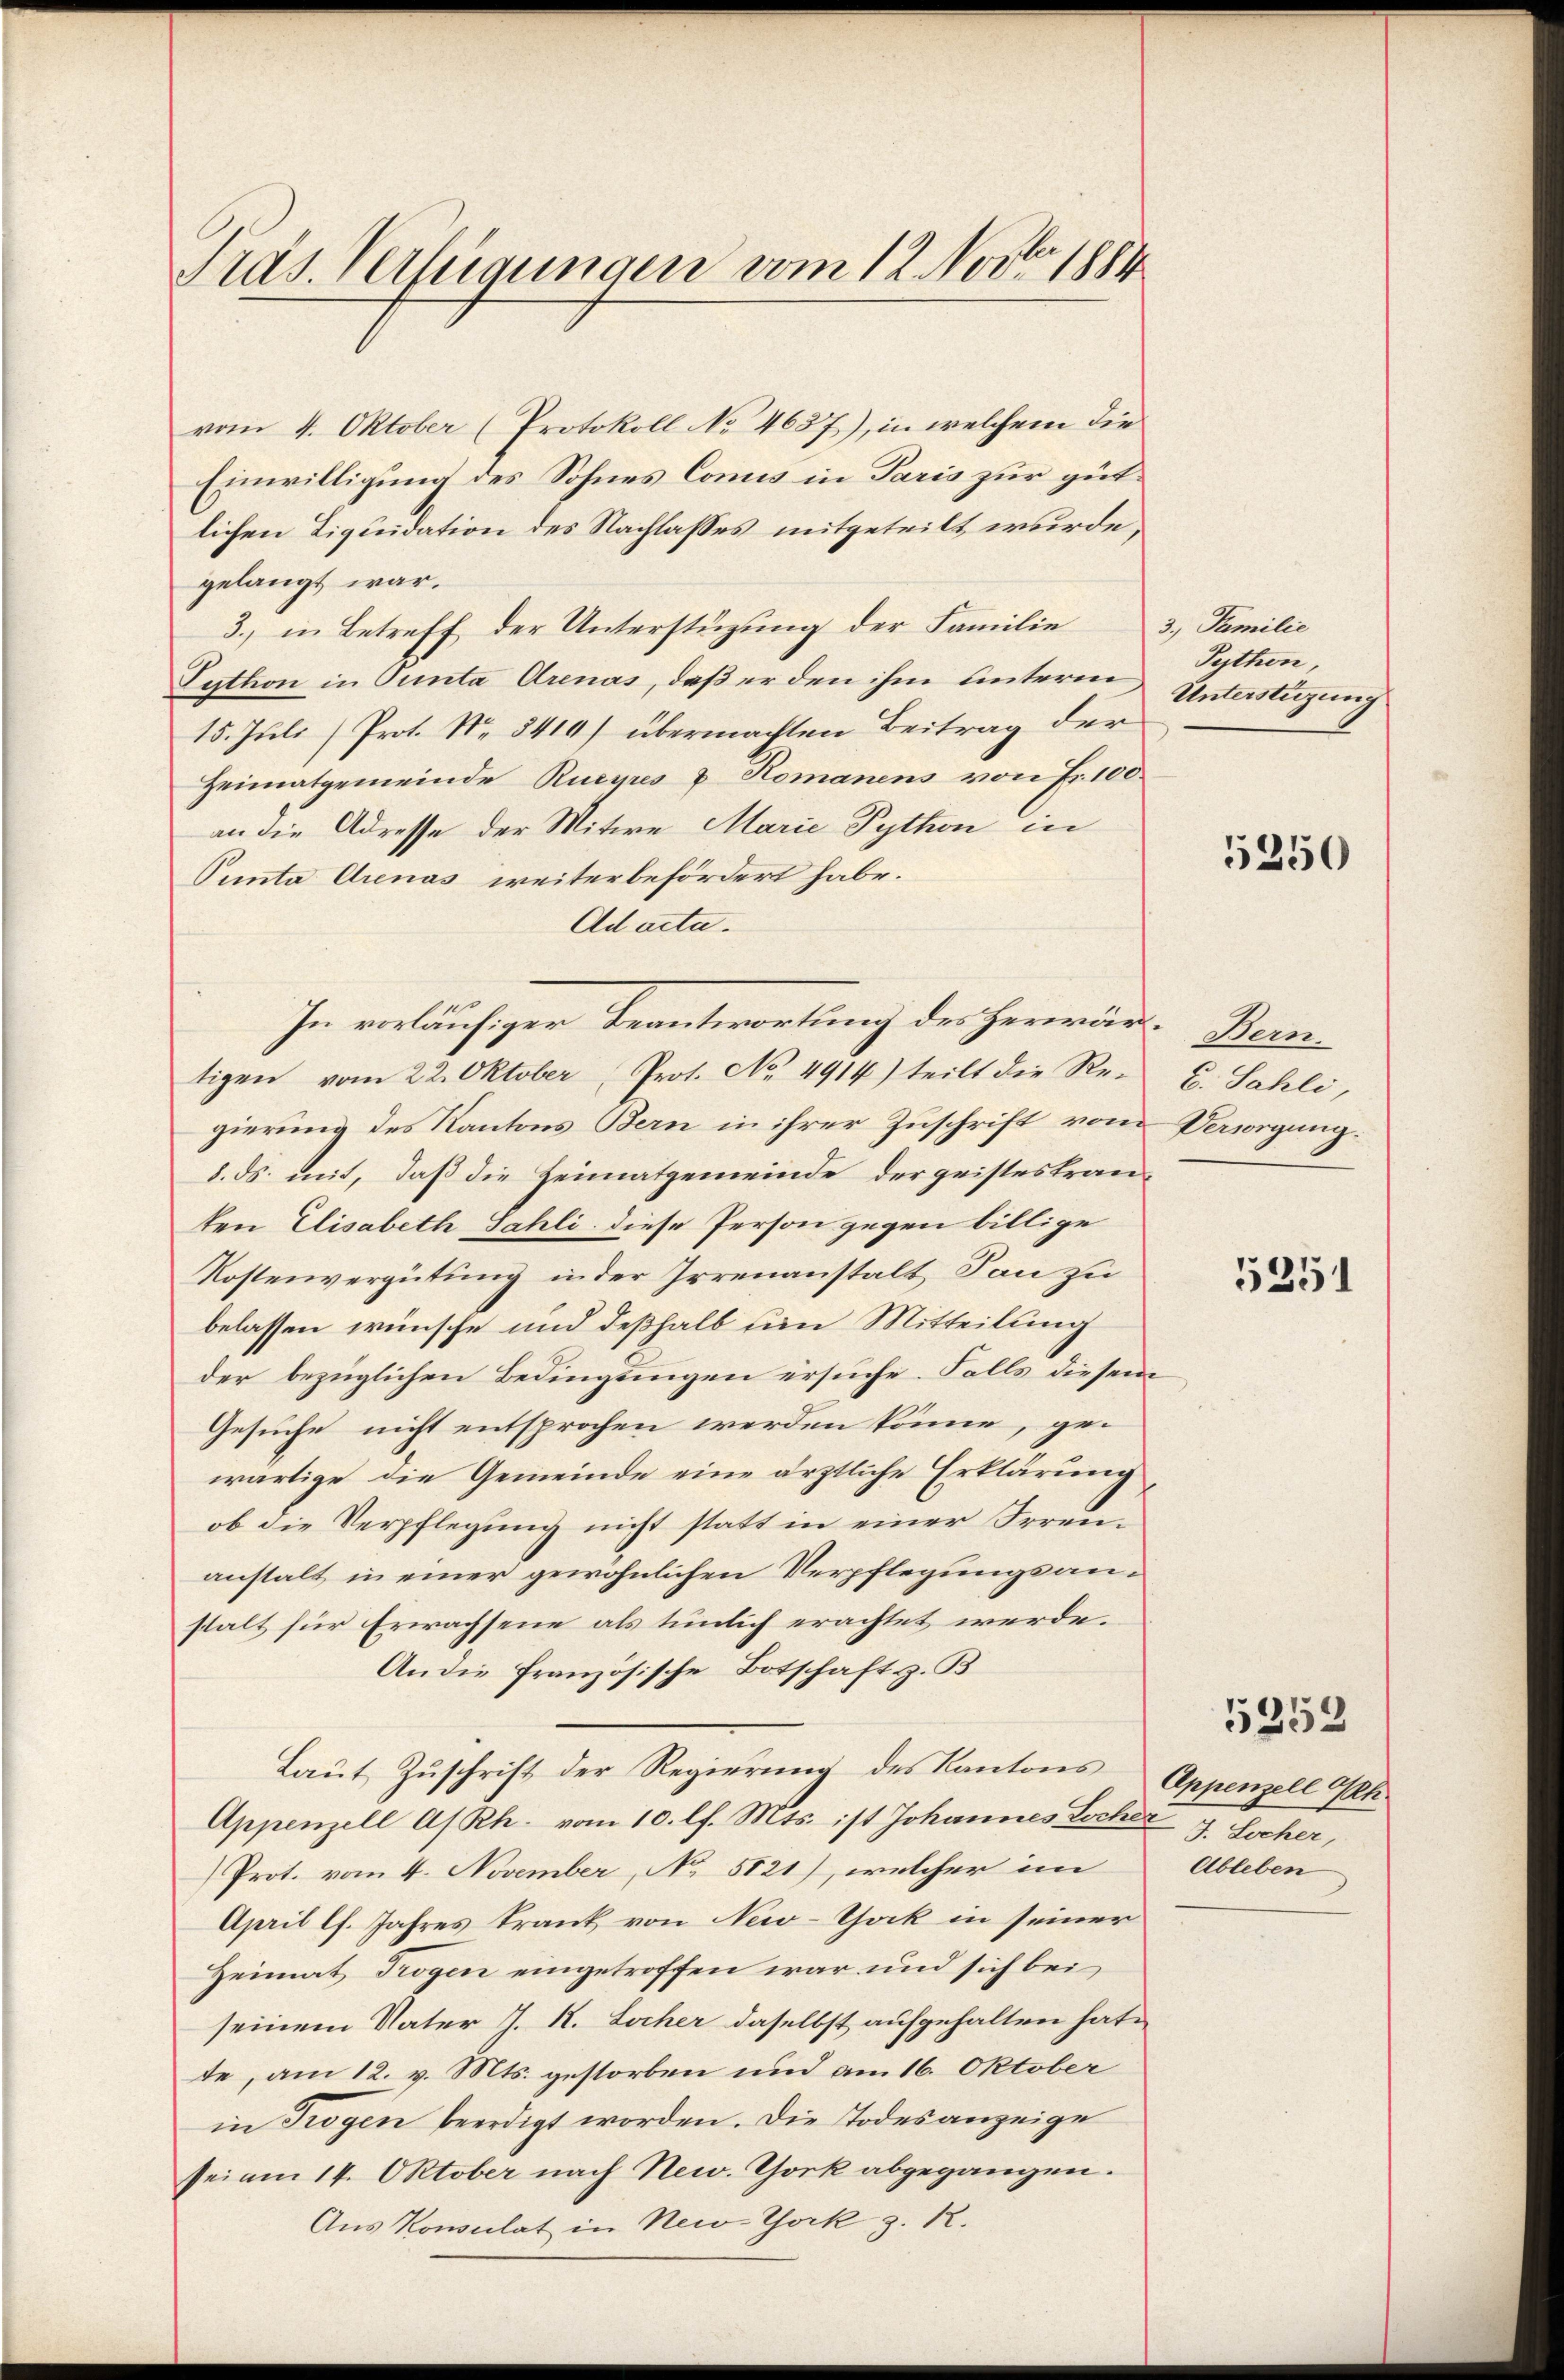
Präs. Verfügungen vom 12. Nov. 1884

vom 4. Oktober (Protokoll No 4637), in welchem die
Einwilligung des Sohnes Comis in Paris zur gütlichen Liquidation des Nachlasses mitgeteilt wurde,
gelangt war.
3., in Betreff der Unterstüzung der Familie 3. Familie
Sython in Ounta Arenas, daß er den ihm unterm Tython
15. Juli Prot. No. 541) übermachten Beitrag der
Heimatgemeinde Rucyres u. Romanens von Fr. 100.
an die Adresse der Mitwe Marie Python in
Punta Arenas weiter befördert habe.
Ad acta.
tigen vom 22. Oktober Prot. No. 4914) teilt die Re- C. Sahli,
gierung des Kantons Bern in ihrer Zuschrift vom Versorgung¬
8. ds. mit, daß die Heimatgemeinde der geistes tranten Elisabeth Sahli diese Person gegen billige
Kostenvergütung in der Irrenanstalt Son zu
belassen wünsche und deßhalb um Mitteilung
der bezüglichen Bedingungen ersuche. Falls diesem
Gesuche nicht entsprochen werden könne, gewärtige die Gemeinde eine ärztliche Erklärung
ob die Verpflegung nicht statt in einer Freuanstalt in einer gewöhnlichen Verpflegungsanstalt für Erwachsene als tümlich erachtet werde.
An die französische Botschaft z. B.
Laut Zuschrift der Regierung des Kantons Appenzell Ah.
Appenzell A/Rh. vom 10. lf. Mts. ist Johannes Locher J. Locher,
Prot. vom 4. November, No 5121), welcher im
April lf. Jahres krank von New-Chak in seiner
Heimat Trogen eingetroffen war und sich bei
seinem Vater J. K. Locher daselbst aufgehalten hat.
te, am 12. v. Mts. gestorben und am 16. Oktober
in Trogen beerdigt worden. Die Todesanzeige
sei am 14. Oktober nach New York abgegangen.
Aus Konsulat in New-York z. R.

In vorläufiger Beantwortung des Herwär-Bein¬

Unterstüzung

5250

5351

5253

Ableben